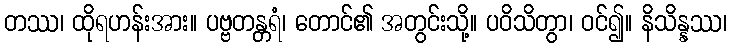
တဿ၊ ထိုရဟန်းအား။ ပဗ္ဗတန္တရံ၊ တောင်၏ အတွင်းသို့။ ပဝိသိတွာ၊ ဝင်၍။ နိသိန္နဿ၊